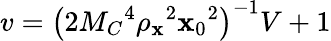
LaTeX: v=\left(2M_{C}{}^{4}\rho_{\mathbf{x}}{}^{2}\mathbf{x}_{0}{}^{2}\right)^{-1}V+1